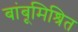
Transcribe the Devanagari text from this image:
बांबूमिश्रित